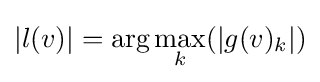
|l(v)|=\arg \max _{k}(|g(v)_{k}|)